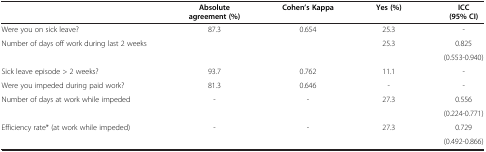
<table><thead><tr><td><b> </b></td><td><b>Absolute agreement (%)</b></td><td><b>Cohen’s Kappa</b></td><td><b>Yes (%)</b></td><td><b>ICC (95% CI)</b></td></tr></thead><tbody><tr><td>Were you on sick leave?</td><td>87.3</td><td>0.654</td><td>25.3</td><td>-</td></tr><tr><td rowspan="2">Number of days off work during last 2 weeks</td><td rowspan="2"> </td><td rowspan="2"> </td><td rowspan="2">25.3</td><td>0.825</td></tr><tr><td>(0.553-0.940)</td></tr><tr><td>Sick leave episode &gt; 2 weeks?</td><td>93.7</td><td>0.762</td><td>11.1</td><td>-</td></tr><tr><td>Were you impeded during paid work?</td><td>81.3</td><td>0.646</td><td>-</td><td>-</td></tr><tr><td rowspan="2">Number of days at work while impeded</td><td rowspan="2">-</td><td rowspan="2">-</td><td rowspan="2">27.3</td><td>0.556</td></tr><tr><td>(0.224-0.771)</td></tr><tr><td rowspan="2">Efficiency rate* (at work while impeded)</td><td rowspan="2">-</td><td rowspan="2">-</td><td rowspan="2">27.3</td><td>0.729</td></tr><tr><td>(0.492-0.866)</td></tr></tbody></table>